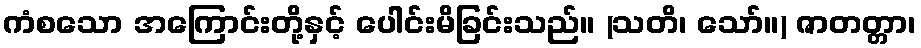
ကံစသော အကြောင်းတို့နှင့် ပေါင်းမိခြင်းသည်။ (သတိ၊ သော်။) ဇာတတ္တာ၊